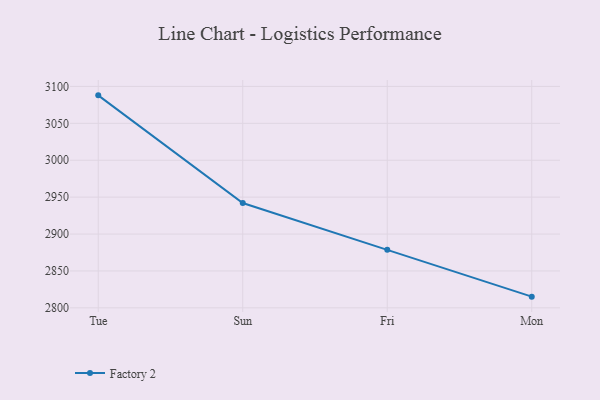
{"axis": {"x": "Day", "y": "Shipments"}, "legend": ["Factory 2"], "data": [{"x": "Tue", "y": 3087.9, "type": "Factory 2"}, {"x": "Sun", "y": 2942.1, "type": "Factory 2"}, {"x": "Fri", "y": 2878.6, "type": "Factory 2"}, {"x": "Mon", "y": 2815.2, "type": "Factory 2"}]}